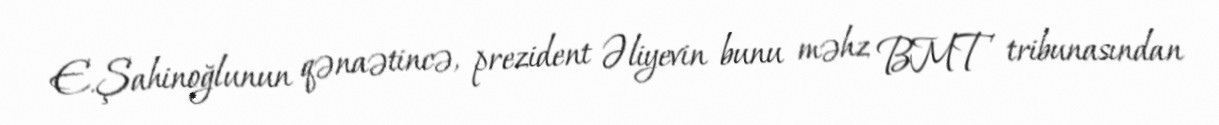
E.Şahinoğlunun qənaətincə, prezident Əliyevin bunu məhz BMT tribunasından